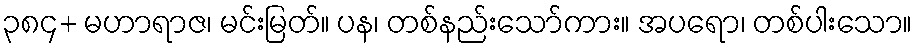
၃၈၄+ မဟာရာဇ၊ မင်းမြတ်။ ပန၊ တစ်နည်းသော်ကား။ အပရော၊ တစ်ပါးသော။